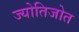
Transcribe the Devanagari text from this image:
ज्योतिजोत